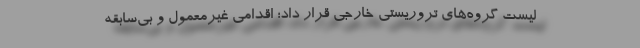
لیست گروه‌های تروریستی خارجی قرار داد؛ اقدامی غیرمعمول و بی‌سابقه